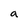
Character: a